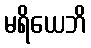
မရိယေဘိ